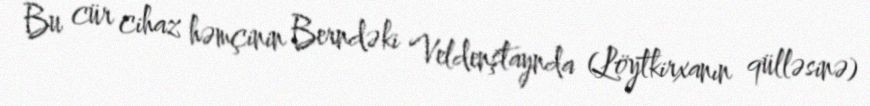
Bu cür cihaz həmçinin Berndəki Veldenştaynda (Löytkirxanın qülləsinə)